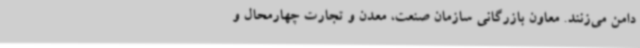
دامن می‌زنند. معاون بازرگانی سازمان صنعت، معدن و تجارت چهارمحال و